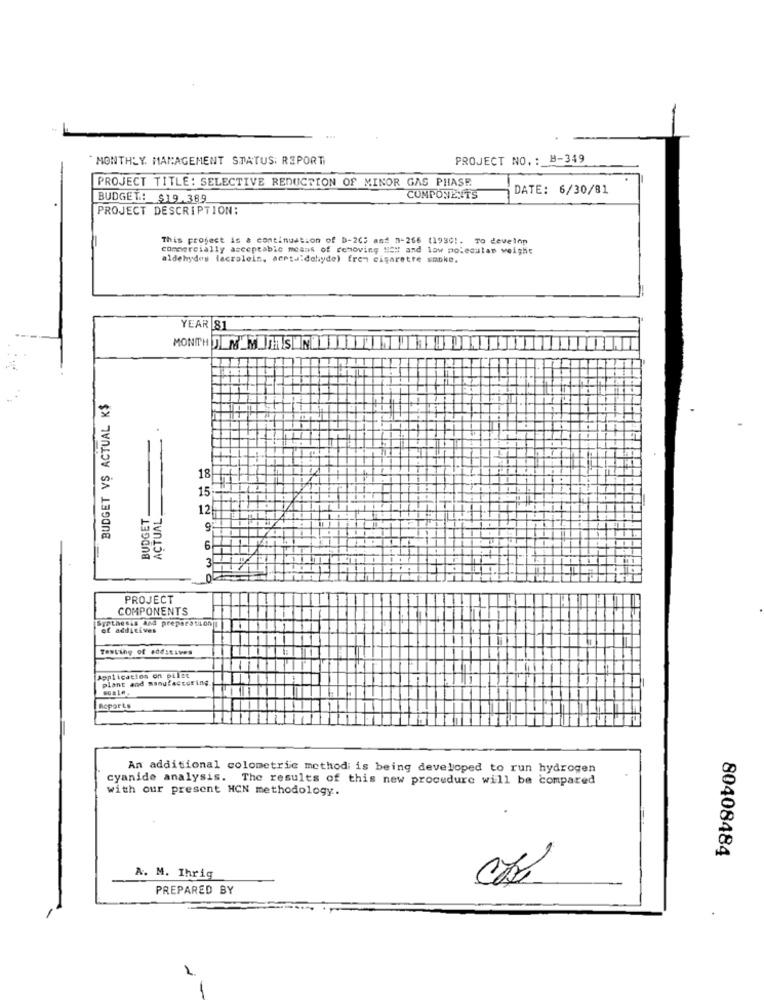
MONTHLY. MANAGEMENT STATUS: REPORT
PROJECT NO. : B-349
PROJECT TITLE: SELECTIVE REDUCTION OF MINOR GAS PHASE
DATE: 6/30/81
BUDGET: $19.389
COMPONENTS
PROJECT DESCRIPTION:
This project is & continuation of D-205 and 1-266 (19801. To deveinn
commercially acceptable means of removing MEN and low molecular weight
aldehydes (acrolein, septaldehyde) fren cigarette smoke.
YEAR 81
MONTH JIMM SUN
BUDGET VS ACTUAL K$
18
15
BUDGET
ACTUAL
12
6
3-
PROJECT
COMPONENTS
Synthesis and preparation
of additives
Testing of eddstives
Application on pilet
plant and manufactoring.
Reports
An additional colometric method is being developed to run hydrogen
cyanide analysis. The results of this new procedure will be compared
with our present HCN methodology.
80408484
A. M. Ihrig
PREPARED BY
1.
-